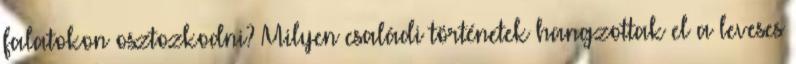
falatokon osztozkodni? Milyen családi történetek hangzottak el a leveses